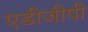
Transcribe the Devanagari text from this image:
एडीजीपी